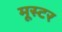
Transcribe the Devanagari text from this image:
मूस्टर